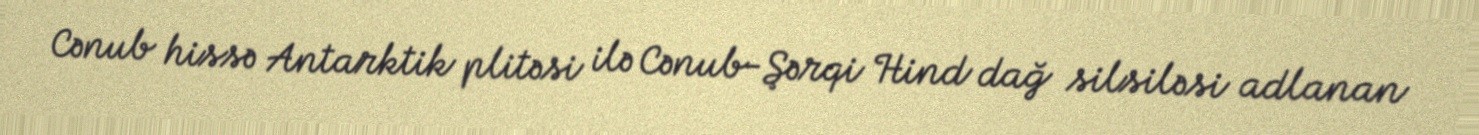
Cənub hissə Antarktik plitəsi ilə Cənub-Şərqi Hind dağ silsiləsi adlanan